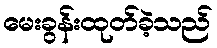
မေးခွန်းထုတ်ခဲ့သည်